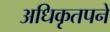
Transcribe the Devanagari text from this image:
अधिकृतपने